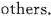
others.